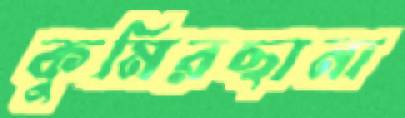
কুমিরছানা